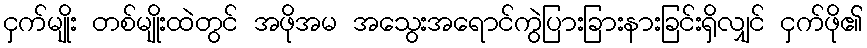
ငှက်မျိုး တစ်မျိုးထဲတွင် အဖိုအမ အသွေးအရောင်ကွဲပြားခြားနားခြင်းရှိလျှင် ငှက်ဖို၏